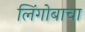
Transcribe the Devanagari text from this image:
लिंगोबाचा